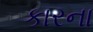
કારના